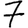
Digit: 7